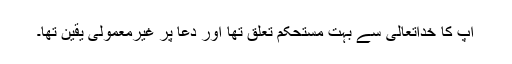
آپ کا خداتعالیٰ سے بہت مستحکم تعلق تھا اور دعا پر غیرمعمولی یقین تھا۔